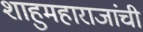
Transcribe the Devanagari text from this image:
शाहुमहाराजांची